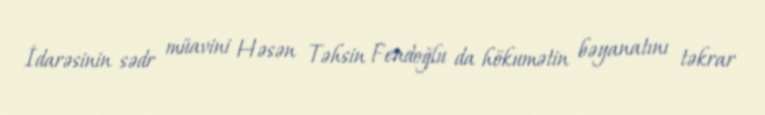
İdarəsinin sədr müavini Həsən Təhsin Fendoğlu da hökumətin bəyanatını təkrar